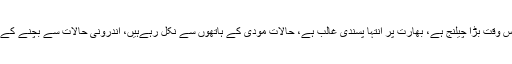
ان کا کہنا تھا کہ بھارت کا معاملہ سنجیدہ ہے، بھارت اس وقت بڑا چیلنج ہے، بھارت پر انتہا پسندی غالب ہے، حالات مودی کے ہاتھوں سے نکل رہےہیں، اندرونی حالات سے بچنے کے لیے بھارت پاکستان کے خلاف شرانگیزی کرسکتا ہے۔